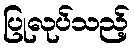
ပြုလုပ်သည့်